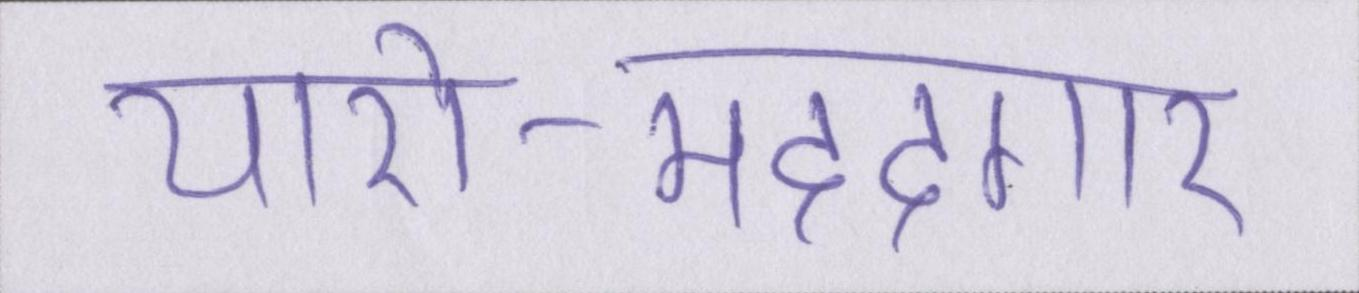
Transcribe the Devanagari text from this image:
यारो-मददगार